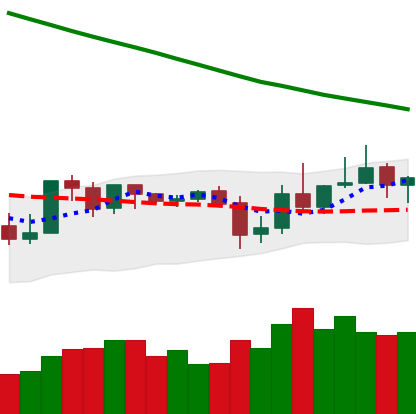
Ticker: XLM-USD
Chart end date: 2019-10-31
Forward return: 25.989%
Label: up_7plus